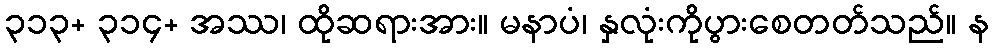
၃၁၃+ ၃၁၄+ အဿ၊ ထိုဆရားအား။ မနာပံ၊ နှလုံးကိုပွားစေတတ်သည်။ န